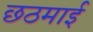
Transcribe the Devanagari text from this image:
छठमाई